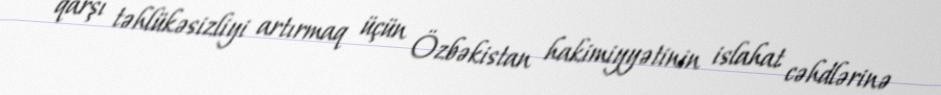
qarşı təhlükəsizliyi artırmaq üçün Özbəkistan hakimiyyətinin islahat cəhdlərinə